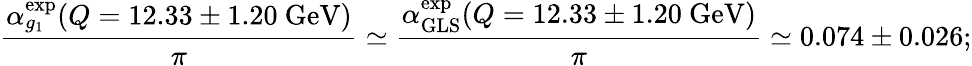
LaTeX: {\frac{\alpha_{g_{1}}^{\mathrm{exp}}(Q=12.33\pm 1.20~\mathrm{GeV})}{\pi}}\simeq{\frac{\alpha_{\mathrm{GLS}}^{\mathrm{exp}}(Q=12.33\pm 1.20~\mathrm{GeV})}{\pi}}\simeq 0.074\pm 0.026;